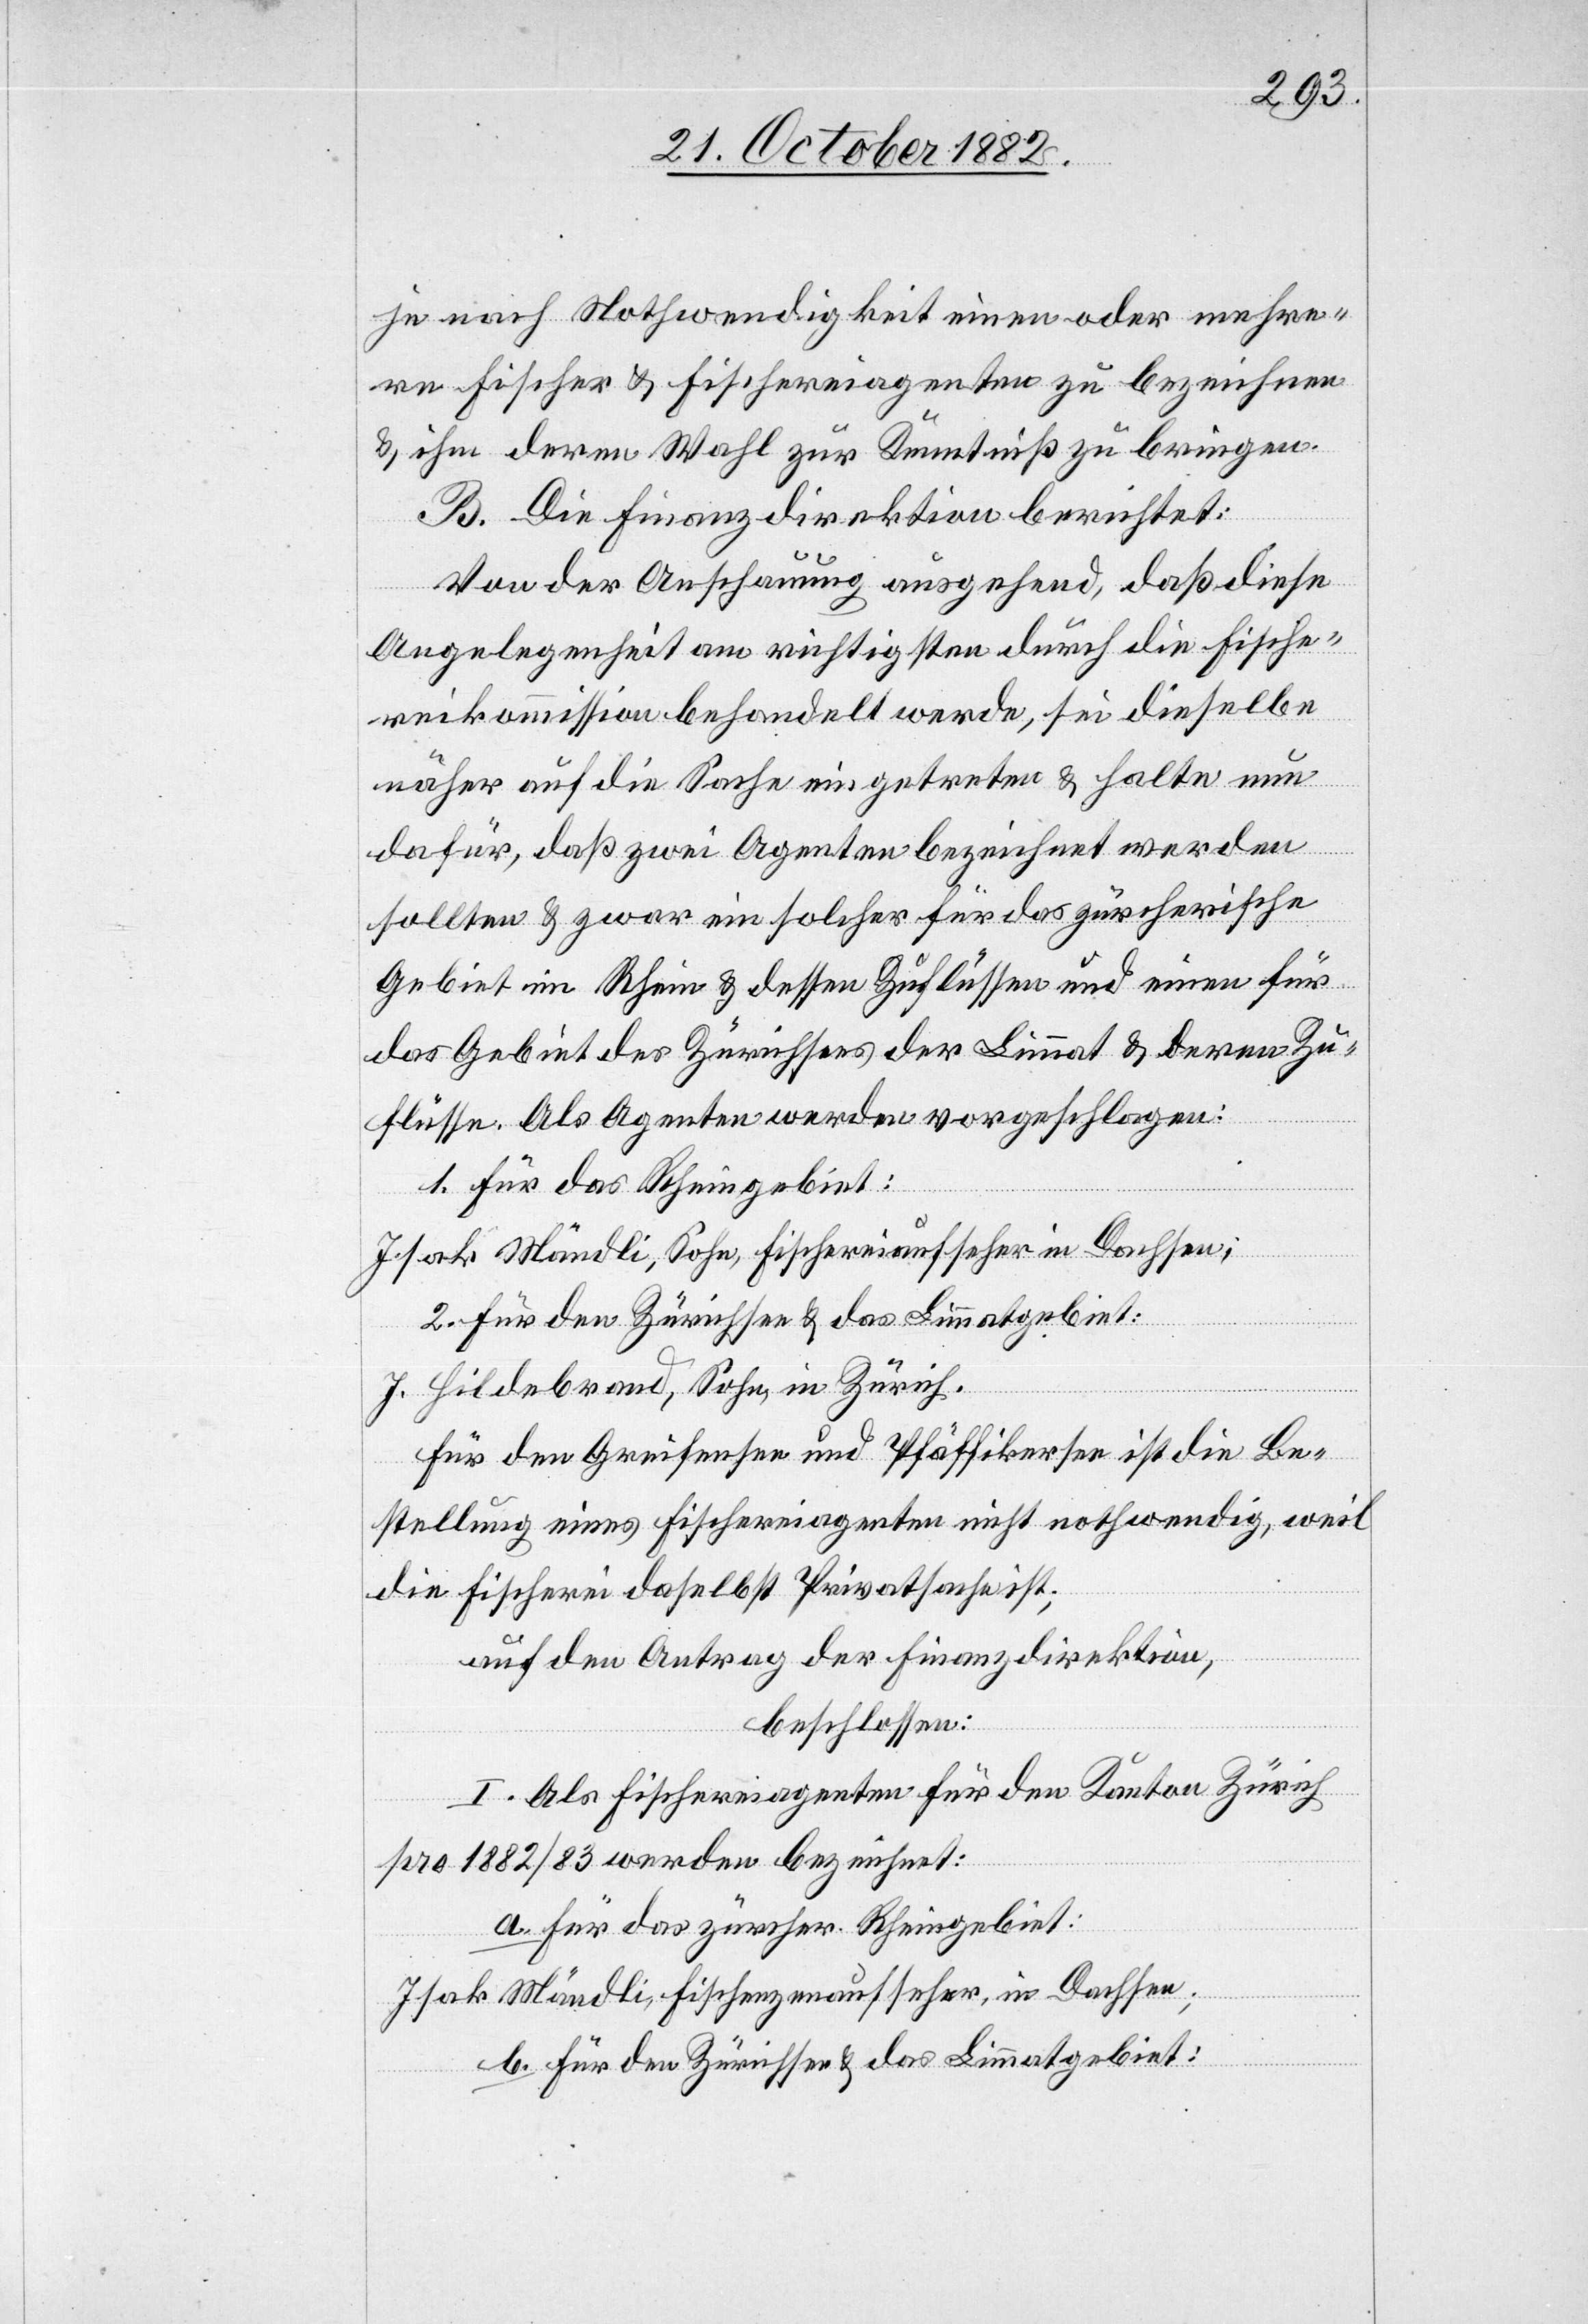
je nach Nothwendigkeit einen oder mehre¬
re Fischer & Fischereiagenten zu bezeichnen
& ihm deren Wahl zur Kenntniß zu bringen.
B. Die Finanzdirektion berichtet:
Von der Anschauung ausgehend, daß diese
Angelegenheit am richtigsten durch die Fische¬
reikommission behandelt werde, sei dieselbe
näher auf die Sache eingetreten & halte nun
dafür, daß zwei Agenten bezeichnet werden
sollten, & zwar ein solcher für das zürcherische
Gebiet im Rhein & dessen Zuflüssen und einen für
das Gebiet des Zürichsees der Limmat & deren Zu¬
flüsse. Als Agenten werden vorgeschlagen:
1. Für das Rheingebiet:
Isak Mändli, Sohn, Fischereiaufseher in Dachsen;
2. Für den Zürichsee & das Limmatgebiet:
J. Hildebrand, Sohn, in Zürich.
Für den Greifensee und Pfäffikersee ist die Be¬
stellung eines Fischereiagenten nicht nothwendig, weil
die Fischerei daselbst Privatsache ist;
auf den Antrag der Finanzdirektion,
beschlossen:
I. Als Fischereiagenten für den Kanton Zürich
pro 1882/83 werden bezeichnet:
a. Für das zürcher. Rheingebiet:
Isak Mändli, Fischenzenaufseher, in Dachsen;
b. für den Zürichsee & das Limmatgebiet: